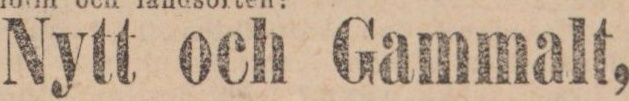
Nytt och Gammalt,